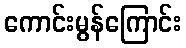
ကောင်းမွန်ကြောင်း